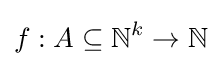
f:A\subseteq \mathbb {N} ^{k}\to \mathbb {N}